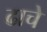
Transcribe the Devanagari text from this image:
ढाचे